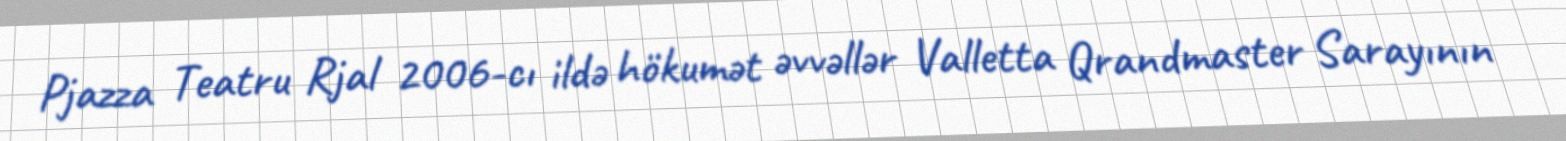
Pjazza Teatru Rjal 2006-cı ildə hökumət əvvəllər Valletta Qrandmaster Sarayının